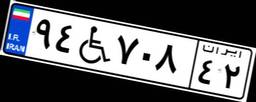
۴۶W۸۴۱۷۸